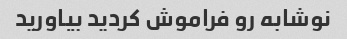
نوشابه رو فراموش کردید بیاورید